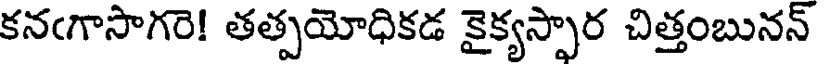
కనఁగాసాగరె! తత్పయోధికడ కైక్యస్పార చిత్తంబునన్